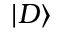
| D \rangle